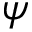
\psi